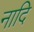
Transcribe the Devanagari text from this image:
नादि